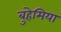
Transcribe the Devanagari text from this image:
बुहेमिया